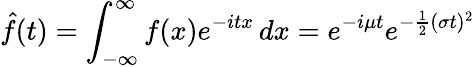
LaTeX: {\hat{f}}(t)=\int_{-\infty}^{\infty}f(x)e^{-itx}\, dx=e^{-i\mu t}e^{-{\frac{1}{2}}(\sigma t)^{2}}